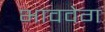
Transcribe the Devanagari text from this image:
भाववेग